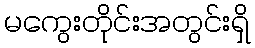
မကွေးတိုင်းအတွင်းရှိ